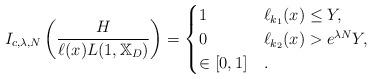
LaTeX: \begin{align*}I_{c,\lambda,N}\left(\frac{H}{\ell(x) L(1,\mathbb{X}_D)}\right)=\begin{cases}1 & \ell_{k_1}(x)\leq Y,\\0 & \ell_{k_2}(x)>e^{\lambda N}Y,\\\in[0,1] & .\\\end{cases}\end{align*}